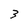
Character: 3